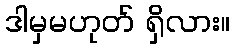
ဒါမှမဟုတ် ရှိလား။